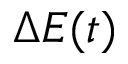
\Delta E ( t )